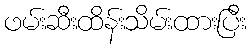
ဖမ်းဆီးထိန်းသိမ်းထားပြီး